Problem: 14 + 34 = ?
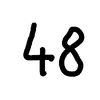
Handwritten answer: 48